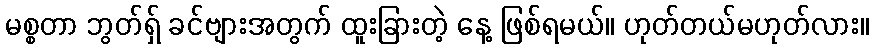
မစ္စတာ ဘွတ်ရှ် ခင်ဗျားအတွက် ထူးခြားတဲ့ နေ့ ဖြစ်ရမယ်။ ဟုတ်တယ်မဟုတ်လား။